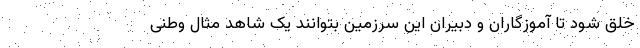
خلق شود تا آموزگاران و دبیران این سرزمین بتوانند یک شاهد مثال وطنی